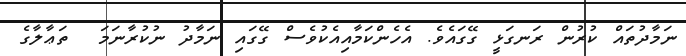
ނަމާދުތައް ކުރުން ރަނގަޅީ ގޭގައެވެ. އެހެންކަމާއިއެކުވެސް ގޭގައި ނަމާދު ނުކުރާނަމަ  ތަޢާލާގެ